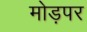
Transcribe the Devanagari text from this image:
मोड़पर